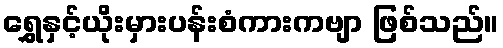
ရွှေနှင့်ယိုးမှားပန်းစံကားကဗျာ ဖြစ်သည်။